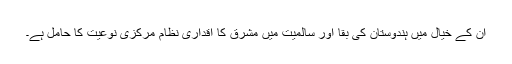
ان کے خیال میں ہندوستان کی بقا اور سالمیت میں مشرق کا اقداری نظام مرکزی نوعیت کا حامل ہے۔